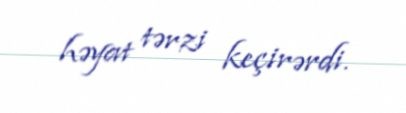
həyat tərzi keçirərdi.